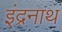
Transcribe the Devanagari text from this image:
इंद्रनाथ